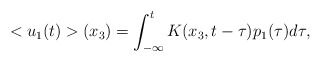
\begin{align*}<u_1(t)>(x_3)=\int_{-\infty}^{t} K(x_3,t-\tau)p_1(\tau)d\tau,\end{align*}